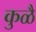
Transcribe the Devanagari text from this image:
कुळै